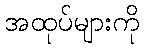
အထုပ်များကို